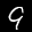
Label: 9